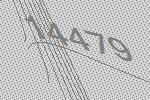
14479